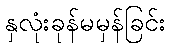
နှလုံးခုန်မမှန်ခြင်း